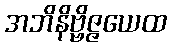
အဘိနိဗ္ဗိဇ္ဇယေထ